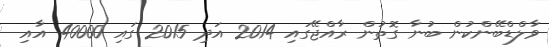
ވާލްޑްބޭންކުން ބުނާ ގޮތުން ރާއްޖޭގައި 2014 އަދި 2015 ގައި 40000 އާއި